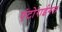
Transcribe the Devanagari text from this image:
एंटोराईनल